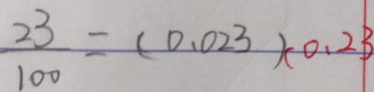
\frac { 2 3 } { 1 0 0 } = ( 0 . 0 2 3 ) ( 0 . 2 3